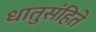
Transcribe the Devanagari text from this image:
धातुसंहिते